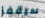
سيقفز